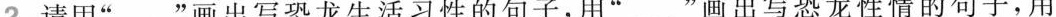
2 请用”___”画出写恐龙生活习性的句子，用”﹏”画出写恐龙性情的句子，用